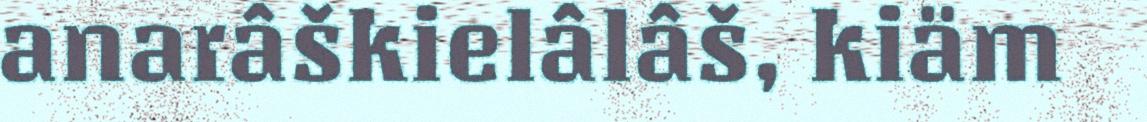
anarâškielâlâš, kiäm